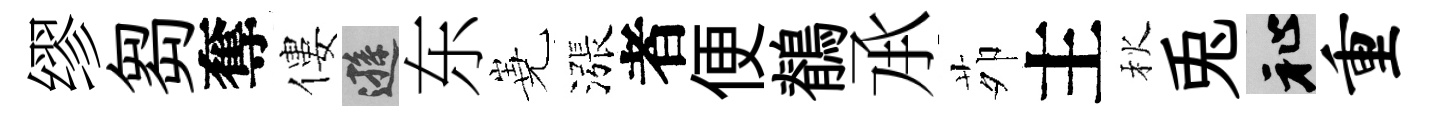
缪芻奪僂遜东嶤漲者便鶺𠄘茆主秋兎祉重